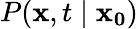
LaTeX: P(\mathbf{x},t\mid\mathbf{x_{0}})